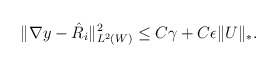
\begin{align*}\Vert \nabla y - \hat{R}_i\Vert^2_{L^2(W)} \le C \gamma + C\epsilon \Vert U \Vert_*.\end{align*}